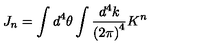
J _ { n } = \int d ^ { 4 } \theta \int \frac { d ^ { 4 } k } { { ( 2 \pi ) } ^ { 4 } } K ^ { n }